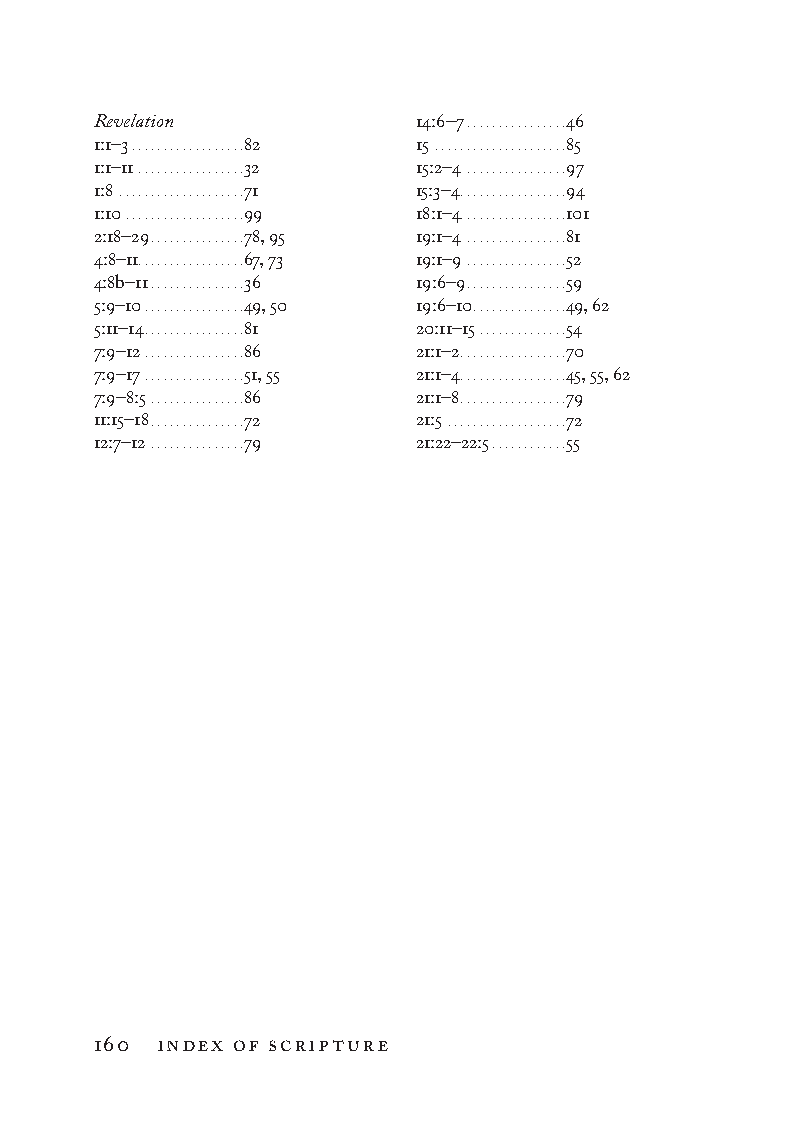
Revelation           14:6–7 . . . . . . . . . . . . . . . .46
 1:1–3 . . . . . . . . . . . . . . . . . .82 15 . . . . . . . . . . . . . . . . . . . . .85
 1:1–11 . . . . . . . . . . . . . . . . .32 15:2–4 . . . . . . . . . . . . . . . .97
 1:8 . . . . . . . . . . . . . . . . . . . .71 15:3–4 . . . . . . . . . . . . . . . . .94
 1:10 . . . . . . . . . . . . . . . . . . .99 18:1–4. . . . . . . . . . . . . . . . .101
 2:18–29 . . . . . . . . . . . . . . .78, 95 19:1–4 . . . . . . . . . . . . . . . .81
 4:8–11. . . . . . . . . . . . . . . . .67, 73 19:1–9 . . . . . . . . . . . . . . . .52
 4:8b–11 . . . . . . . . . . . . . . .36 19:6–9 . . . . . . . . . . . . . . . .59
 5:9–10 . . . . . . . . . . . . . . . .49, 50 19:6–10 . . . . . . . . . . . . . . .49, 62
 5:11–14 . . . . . . . . . . . . . . . .81 20:11–15 . . . . . . . . . . . . . .54
 7:9–12 . . . . . . . . . . . . . . . .86 21:1–2 . . . . . . . . . . . . . . . . .70
 7:9–17 . . . . . . . . . . . . . . . .51, 55 21:1–4 . . . . . . . . . . . . . . . . .45, 55, 62
 7:9–8:5 . . . . . . . . . . . . . . .86 21:1–8 . . . . . . . . . . . . . . . . .79
 11:15–18 . . . . . . . . . . . . . . .72 21:5 . . . . . . . . . . . . . . . . . . .72
 12:7–12 . . . . . . . . . . . . . . .79 21:22–22:5 . . . . . . . . . . . .55
 160 index of scripture
 To be a Christian.566776.int.indd 160       11/13/19 1:31 PM